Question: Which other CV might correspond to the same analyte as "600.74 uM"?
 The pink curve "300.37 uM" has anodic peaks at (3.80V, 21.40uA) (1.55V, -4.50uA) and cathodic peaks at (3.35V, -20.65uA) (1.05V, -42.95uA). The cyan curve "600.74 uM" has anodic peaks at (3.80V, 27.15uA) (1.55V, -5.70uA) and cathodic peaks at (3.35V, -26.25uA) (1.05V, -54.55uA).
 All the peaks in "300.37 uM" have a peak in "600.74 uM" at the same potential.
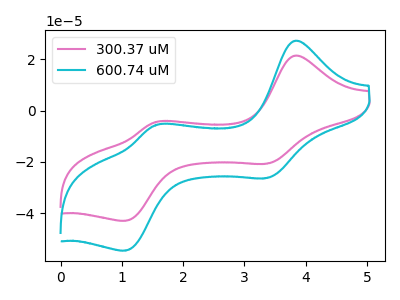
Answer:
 <answer>The CV with the most similar shape to "300.37 uM" is "600.74 uM".</answer>
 <eval>"600.74 uM"</eval>